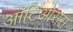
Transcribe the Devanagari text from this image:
ऑटिओसस